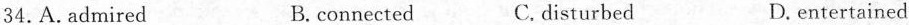
34.A. admired B. connected C. disturbed D. entertained